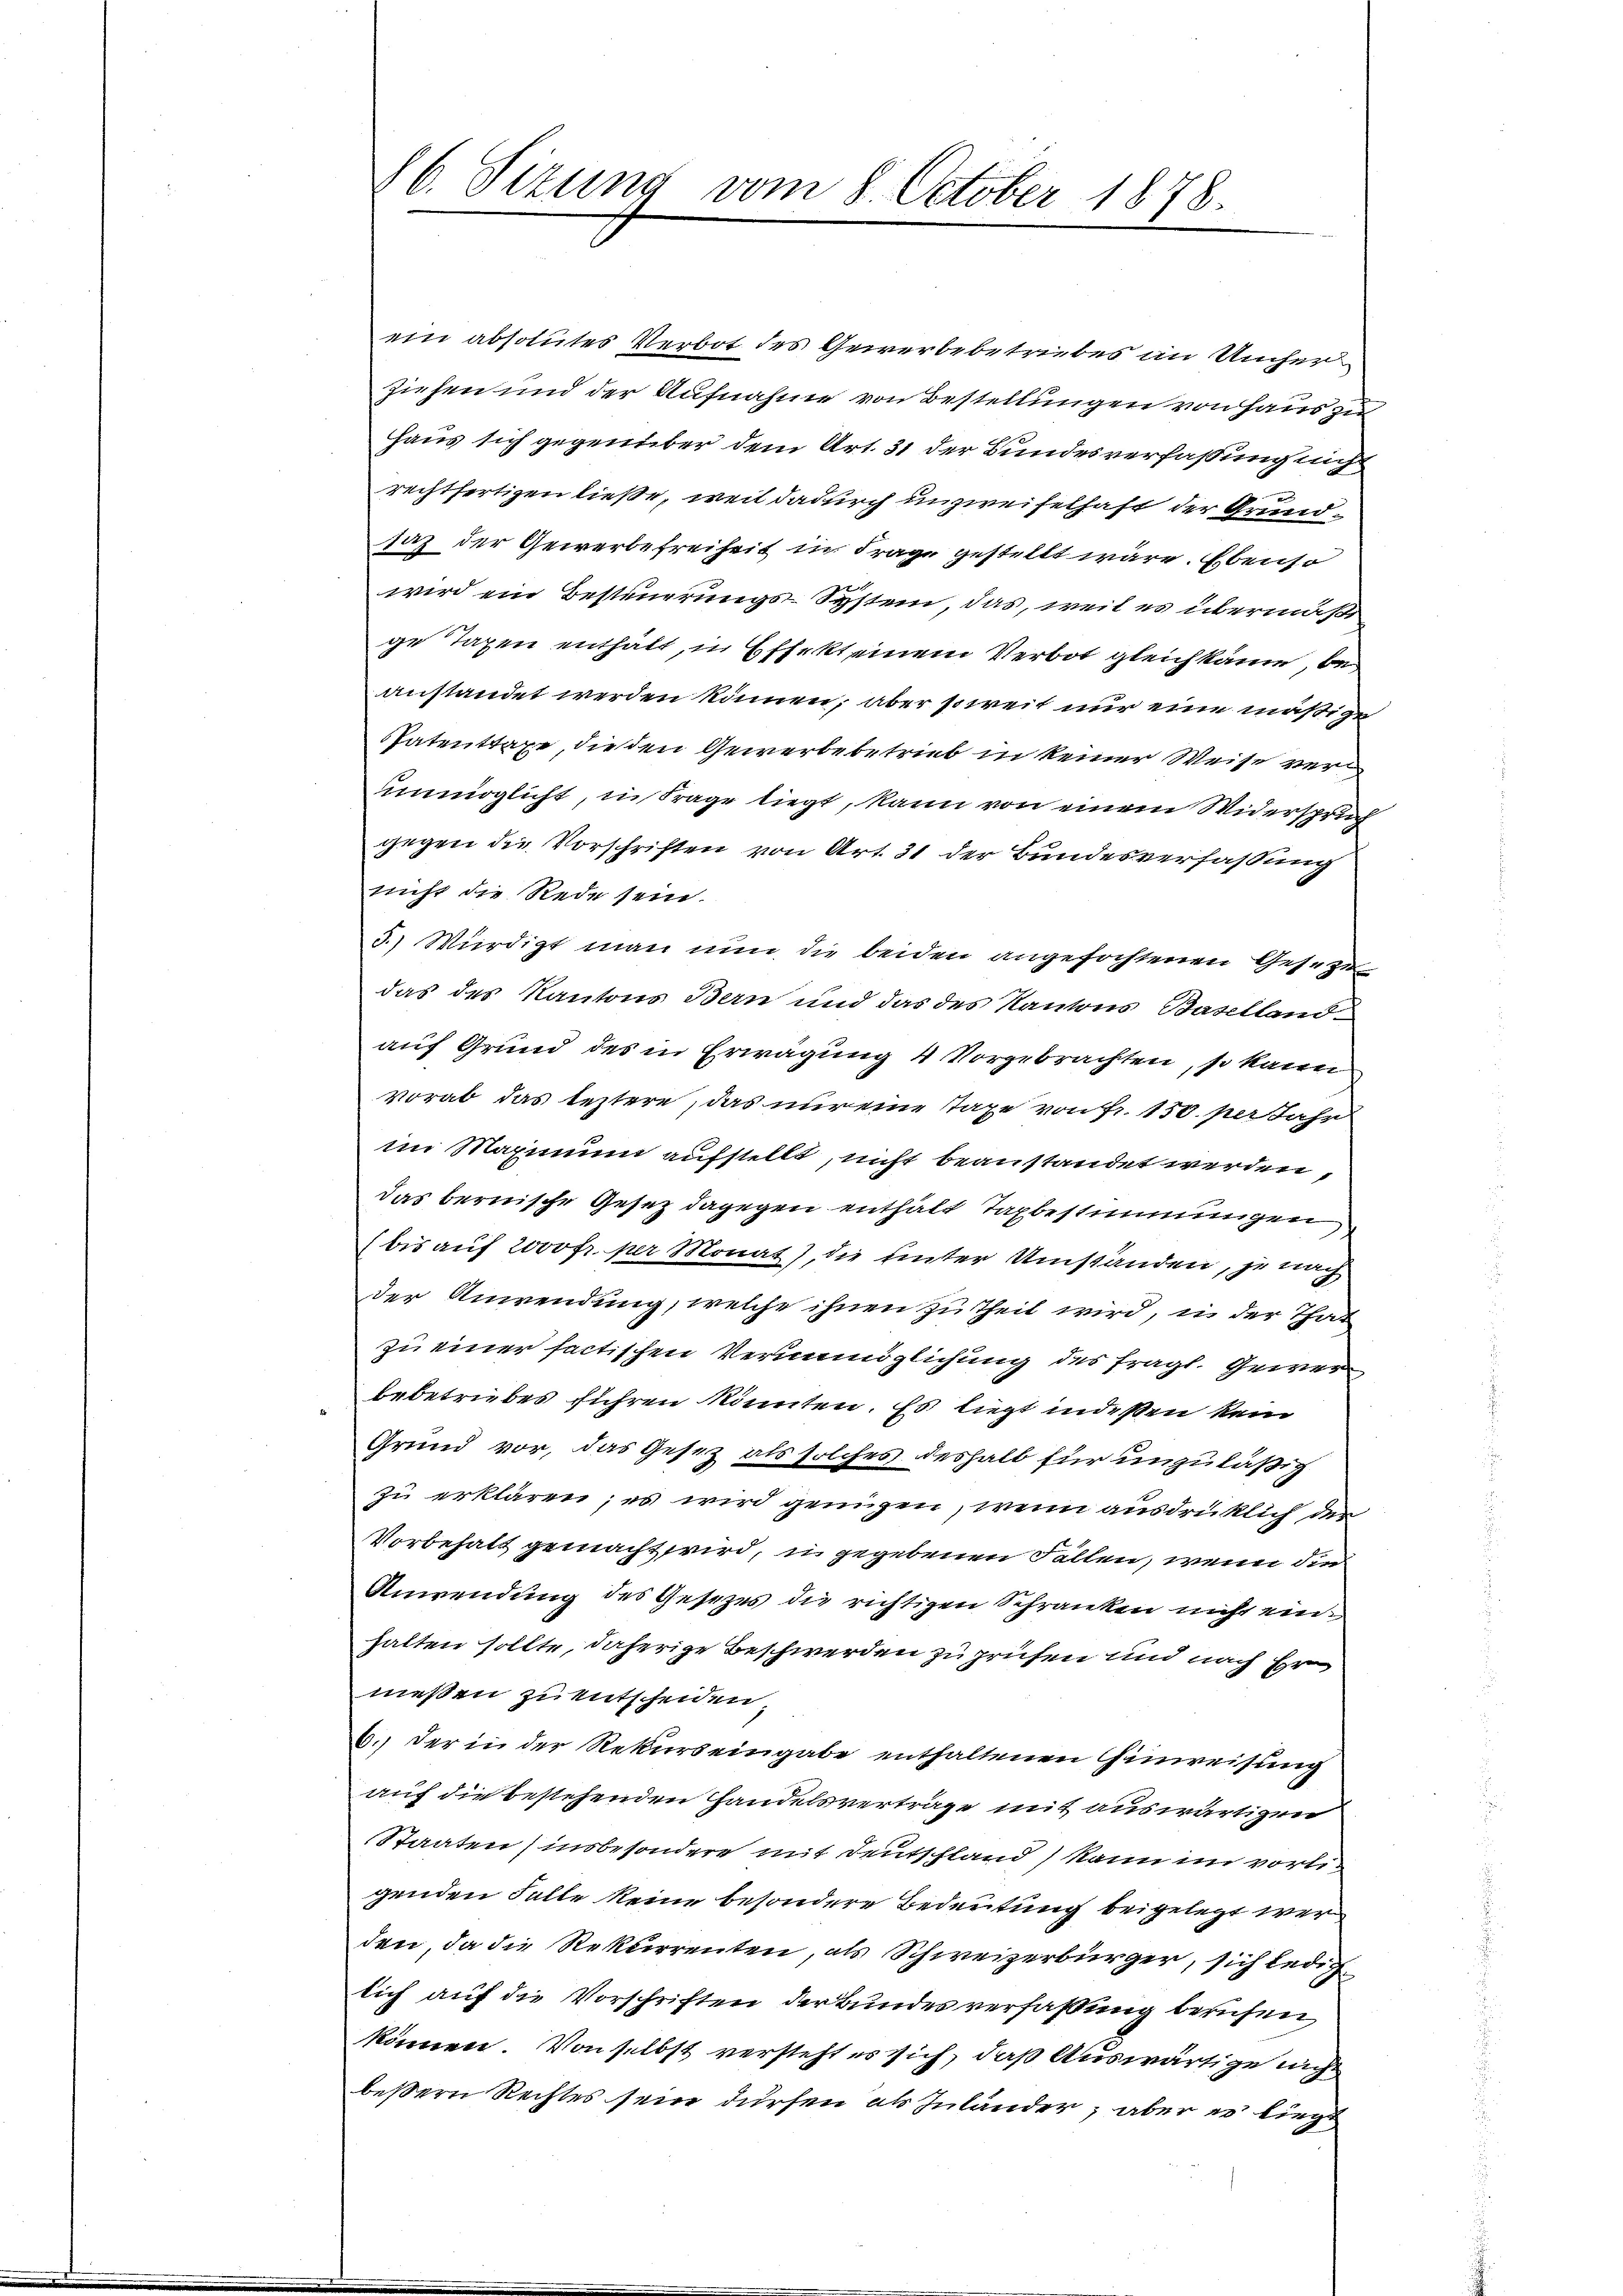
16. Sizung vom 8. October 1878.

ein absolutes Verbot des Gewerbebetriebes in Umher
ziehen und der Aufnahme von Bestellungen von Haus zu
Haus sich gegenüber dem Art. 31 der Bundesverfassung nicht
rechtfertigen ließe, weil dadurch unzweifelhaft der Grundsaz der Gewerbefreiheit in Frage gestellt wäre. Ebenso
wird ein Besteuerungs-System, das, weil es übermäßi
ge Taxen enthält, in Effekt einem Verbot gleichkäme, beanstandet werden können, aber soweit nur eine mäßige
Patenttaxe, die den Gewerbe betrieb in keiner Weise ver
nnmöglicht, in Frage liegt, kann von einem Widerspruch
gegen die Vorschriften von Art. 31 der Bundesverfassung
nicht die Rede sein.
3.) Würdigt man nun die beiden angefochtenen Geset
das des Kantons Bern und das des Kantons Baselland
auf Grund des in Erwägung 4 Vorgebrachten, so kann
vorab das leztere, das nur eine Taxe von Fr. 150. per Jahr
im Maximum aufstellt, nicht beanstandet werden,
das bernische Gesetz dagegen enthält Taxbestimmungen,
(bis auf 2000fr. per Monat), die unter Umständen, je nach
der Anwendung, welche ihnen zu theil wird, in der That
zu einer factischen Verunmöglichung des fragt. Gewerbebetriebes führen könnten. Es liegt indeßen kein
Grund vor, das Gesez als solches deshalb für unzuläßig
zu erklären; es wird genügen, wenn ausdrücklich der
Vorbehalt gemacht wird, in gegebenen Fallen, wenn die
Anwendung des Gesezes die richtigen Schranken nicht ein
halten sollte, daherige Beschwerden zu prüfen und nach Er
meßen zu entscheiden
6. Der in der Rekurs eingabe enthaltenen Hinweisung
auf die bestehenden Handelsverträge mit auswärtigen
Staaten (insbesondere mit Deutschland, kann im vorligenden Falle keine besondere Bedeutung beigelegt wer
den, da die Rekurrenten, als Schweizerbürger, sich lediglich auf die Vorschriften der Bundes verfaßung berufen
können. Von selbst versteht es sich, daß Auswärtige nicht
beßern Rechtes sein dürfen als Inländer, aber es liege